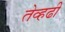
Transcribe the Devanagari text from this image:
तेव्हढी